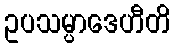
ဥပသမ္ပာဒေဟီတိ